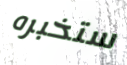
ستخبره